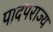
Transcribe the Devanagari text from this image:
पादपराज्य